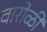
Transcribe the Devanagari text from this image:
वारोळी